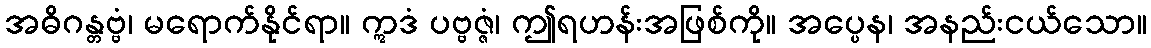
အဓိဂန္တဗ္ဗံ၊ မရောက်နိုင်ရာ။ ဣဒံ ပဗ္ဗဇ္ဇံ၊ ဤရဟန်းအဖြစ်ကို။ အပ္ပေန၊ အနည်းငယ်သော။